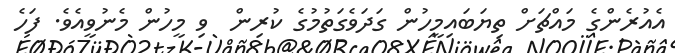
އެއުރެންގެ މައްޗަށް ތިޔަބައިމީހުން ގަދަވެގަތުމުގެ ކުރިން  ވި މީހުން މެނުވީއެވެ. ފަހެ